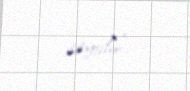
saytdır”.